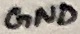
Text: GND